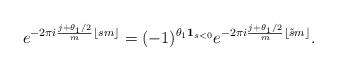
LaTeX: \begin{align*} e^{ - 2 \pi i \frac{ j + \theta_1/2}{m} \lfloor sm \rfloor } = (-1)^{\theta_1 \mathbf{1}_{s < 0}} e^{ - 2 \pi i \frac{ j + \theta_1/2}{m} \lfloor \tilde{s} m \rfloor } .\end{align*}